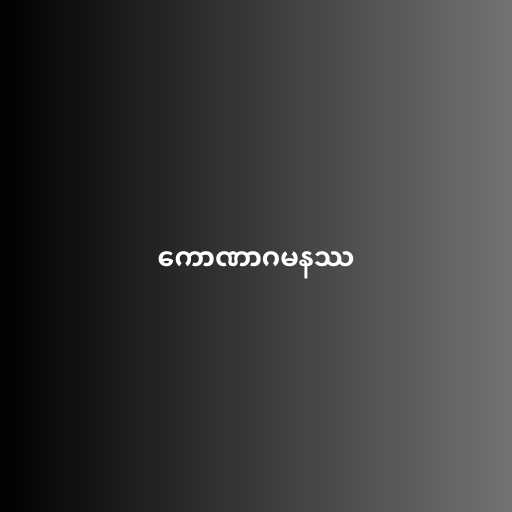
ကောဏာဂမနဿ